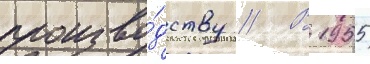
произво́дству // В 1955